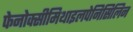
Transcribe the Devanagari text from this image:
फेनोक्सीमिथाइलपेनिसिलिन